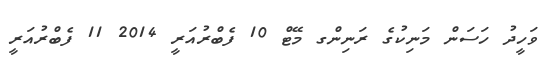
ވަހީދު ހަސަން މަނިކުގެ ރަނިންގ މޭޓް 10 ފެބްރުއަރީ 2014 11 ފެބްރުއަރީ